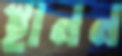
স্থানন